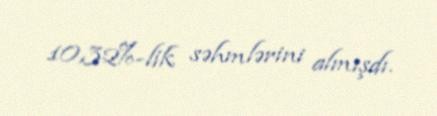
10,32%-lik səhmlərini almışdı.